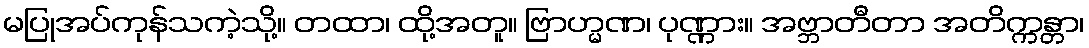
မပြုအပ်ကုန်သကဲ့သို့။ တထာ၊ ထို့အတူ။ ဗြာဟ္မဏ၊ ပုဏ္ဏား။ အဗ္ဘာတီတာ အတိက္ကန္တာ၊